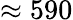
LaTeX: \approx 590